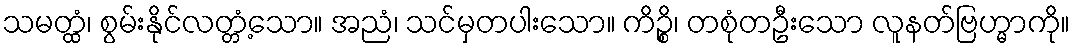
သမတ္ထံ၊ စွမ်းနိုင်လတ္တံ့သော။ အညံ၊ သင်မှတပါးသော။ ကိဉ္စိ၊ တစုံတဦးသော လူနတ်ဗြဟ္မာကို။